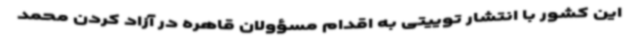
این کشور با انتشار توییتی به اقدام مسؤولان قاهره در آزاد کردن محمد